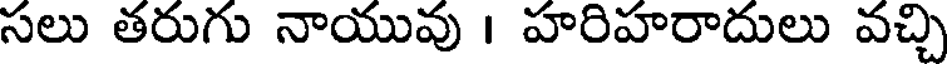
సలు తరుగు నాయువు । హరిహరాదులు వచ్చి